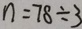
n = 7 8 \div 3